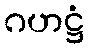
ဂဟဋ္ဌံ